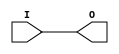
module IBUFG_SSTL3_I (O, I);

    output O;

    input  I;

	buf B1 (O, I);


endmodule